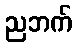
ညဘက်